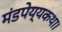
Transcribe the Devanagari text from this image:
मंडपेय्यकथा।